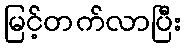
မြင့်တက်လာပြီး